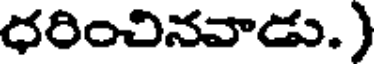
ధరించినవాడు.)